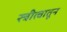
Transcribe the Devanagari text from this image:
स्त्रीत्वातून